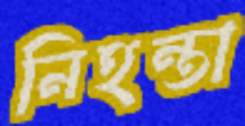
নিহন্তা